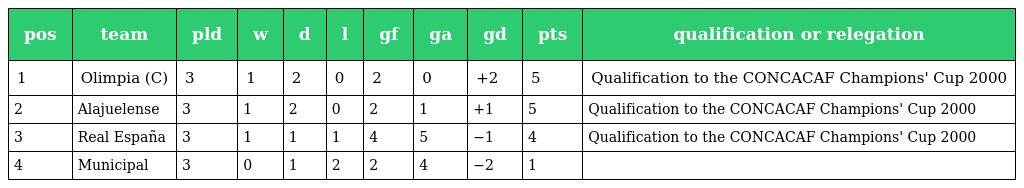
| pos | team | pld | w | d | l | gf | ga | gd | pts | qualification or relegation |
 | --- | --- | --- | --- | --- | --- | --- | --- | --- | --- | --- |
 | 1 | Olimpia (C) | 3 | 1 | 2 | 0 | 2 | 0 | +2 | 5 | Qualification to the CONCACAF Champions' Cup 2000 |
 | 2 | Alajuelense | 3 | 1 | 2 | 0 | 2 | 1 | +1 | 5 | Qualification to the CONCACAF Champions' Cup 2000 |
 | 3 | Real España | 3 | 1 | 1 | 1 | 4 | 5 | −1 | 4 | Qualification to the CONCACAF Champions' Cup 2000 |
 | 4 | Municipal | 3 | 0 | 1 | 2 | 2 | 4 | −2 | 1 |  |